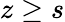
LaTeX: z\geq s